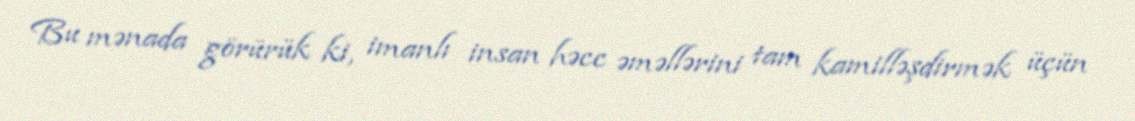
Bu mənada görürük ki, imanlı insan həcc əməllərini tam kamilləşdirmək üçün